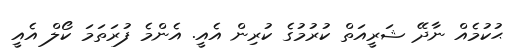
ޙުކުމެއް ނާދޭ ޝަރީއަތް ކުރުމުގެ ކުރިން އެއީ. އެންމެ ފުރަތަމަ ކޯލް އެއީ